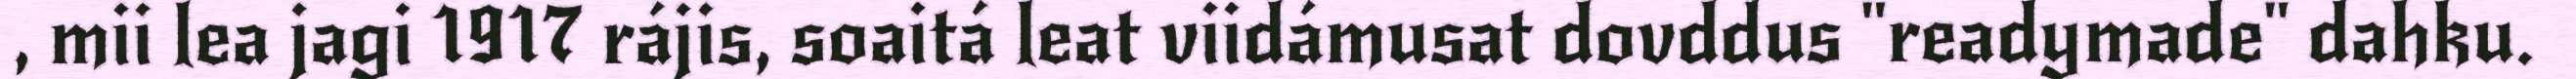
, mii lea jagi 1917 rájis, soaitá leat viidámusat dovddus "readymade" dahku.